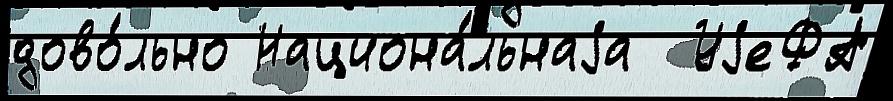
дово́льно Национа́льнаjа  УjеФА